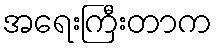
အရေးကြီးတာက